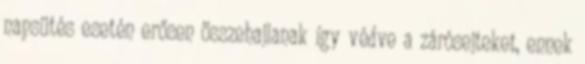
napsütés esetén erősen összehajlanak így védve a zárósejteket, ennek